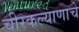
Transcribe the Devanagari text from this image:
चीरकल्याणाचे